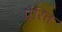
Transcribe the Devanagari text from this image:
प्रेंरित